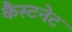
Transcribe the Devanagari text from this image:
कैस्टनेट